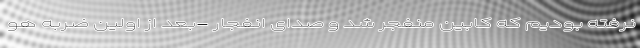
نرفته بودیم که کابین منفجر شد و صدای انفجار -بعد از اولین ضربه هو